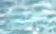
جثتك